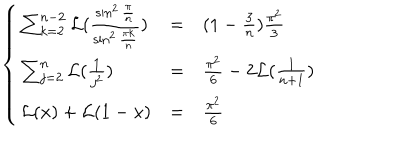
\left\{ \begin{array} { l l l } { { \sum _ { k = 2 } ^ { n - 2 } { \cal L } ( \frac { \sin ^ { 2 } \frac { \pi } { n } } { \sin ^ { 2 } \frac { \pi k } { n } } ) } } & { { = } } & { { ( 1 - \frac { 3 } { n } ) \frac { \pi ^ { 2 } } { 3 } } } \\ { { \sum _ { j = 2 } ^ { n } { \cal L } ( \frac { 1 } { j ^ { 2 } } ) } } & { { = } } & { { \frac { \pi ^ { 2 } } { 6 } - 2 { \cal L } ( \frac { 1 } { n + 1 } ) } } \\ { { { \cal L } ( x ) + { \cal L } ( 1 - x ) } } & { { = } } & { { \frac { \pi ^ { 2 } } { 6 } } } \\ \end{array} \right.